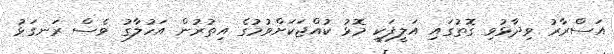
އަސްރާރު ވިދާޅުވި ގޮތުގައި އަލީފަކީ މޮޅު ކުއްޖަކަށްވުމުގެ އިތުރުން އަހުލާގު ވެސް ރަނގަޅު